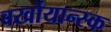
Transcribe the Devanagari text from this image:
बर्खोयान्स्क